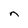
Character: n